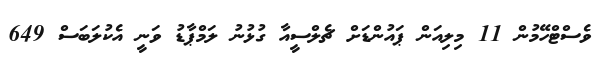
ވެސްޓްހޭމުން 11 މިލިއަން ޕައުންޑަށް ޗެލްސީއާ ގުޅުނު ލަމްޕާޑު ވަނީ އެކުލަބަސް 649